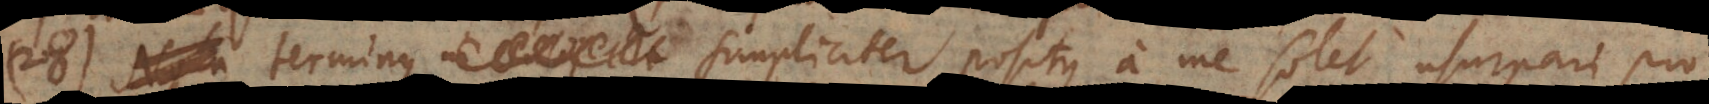
28) Terminus simpliciter positus a me solet usurpari pro